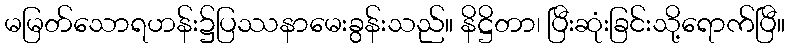
မမြတ်သောရဟန်း၌ပြဿနာမေးခွန်းသည်။ နိဋ္ဌိတာ၊ ပြီးဆုံးခြင်းသို့ရောက်ပြီ။